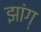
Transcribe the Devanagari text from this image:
झांग्